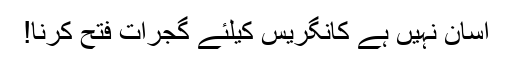
آسان نہیں ہے کانگریس کیلئے گجرات فتح کرنا!